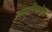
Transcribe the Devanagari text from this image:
आयर्लंडातील